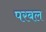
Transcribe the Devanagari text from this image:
परबल